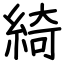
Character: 綺